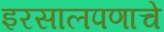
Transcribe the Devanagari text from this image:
इरसालपणाचे